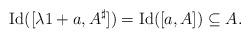
LaTeX: \begin{align*}{\rm Id}([\lambda 1+ a,A^\sharp])={\rm Id}([a,A])\subseteq A.\end{align*}